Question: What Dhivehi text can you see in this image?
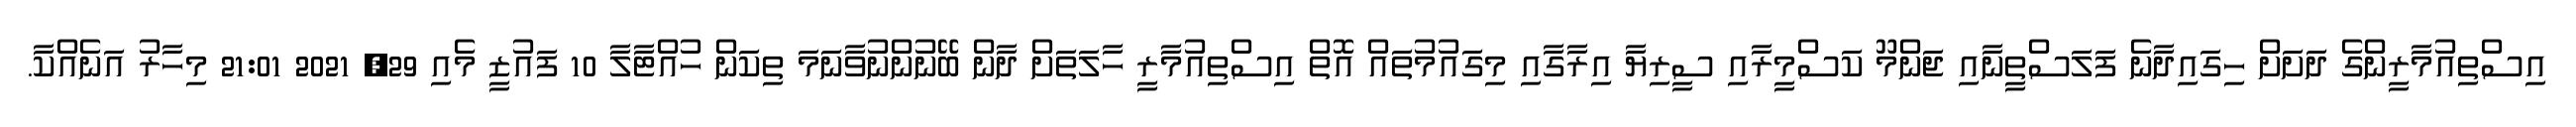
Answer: އިސްތިއުމާރީންގެ ދަށަށް ހިގައިދާނެ ފަލަސްތީނާއި ޖަންމޫ ކަސްމީރާއި ސީރިޔާ އިރާގާއި މިގައުމުތައް އޮތް އިސްތިއުމާރީ ހާލަތަށް ދާން ބޭނުންނުވާނަމަ ތިކަން ހުއްޓާލާ 10 ފައުޒީ މެއި 29, 2021 21:01 މިހާރު އަނެއްކާ.